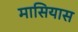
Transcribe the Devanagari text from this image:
मासियास